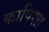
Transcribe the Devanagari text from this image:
कापिशा